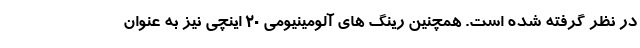
در نظر گرفته شده است. همچنین رینگ های آلومینیومی 20 اینچی نیز به عنوان